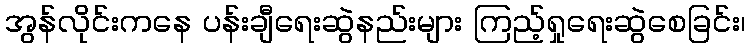
အွန်လိုင်းကနေ ပန်းချီရေးဆွဲနည်းများ ကြည့်ရှုရေးဆွဲစေခြင်း၊